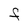
Character: F